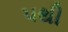
૫થી